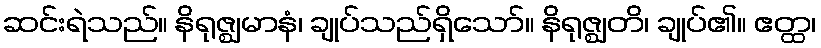
ဆင်းရဲသည်။ နိရုဇ္ဈမာနံ၊ ချုပ်သည်ရှိသော်။ နိရုဇ္ဈတိ၊ ချုပ်၏။ ဧတ္ထ၊